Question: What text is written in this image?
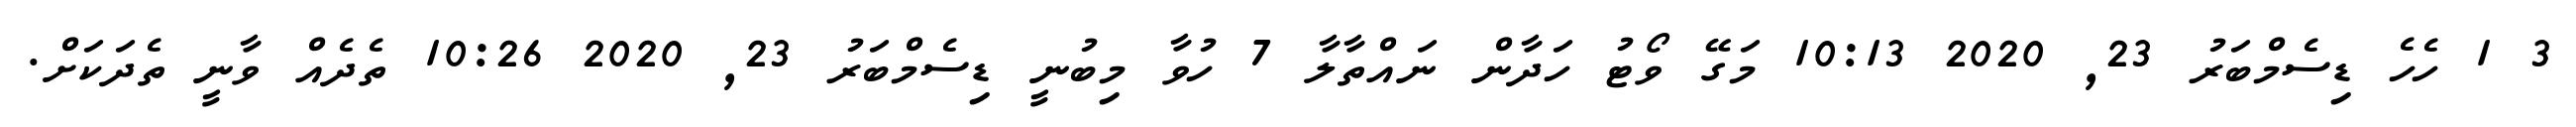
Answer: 3 1 ހެހެ ޑިސެމްބަރު 23, 2020 10:13 މަގޭ ވޯޓު ހަދާން ނައްތާލާ 7 ހުވާ މިބުނީ ޑިސެމްބަރު 23, 2020 10:26 ތެދެއް ވާނީ ތެދަކަށް.